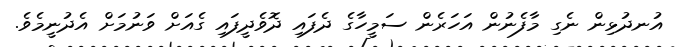
އުނދުޅިން ނެގި މާފެނުން އަހަރެން ސަމީހާގެ ދެފައި ދޮވެދީފައި ގެއަށް ވަނުމަށް އެދުނީމެވެ.